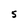
Character: S